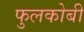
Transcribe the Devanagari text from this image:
फुलकोबी